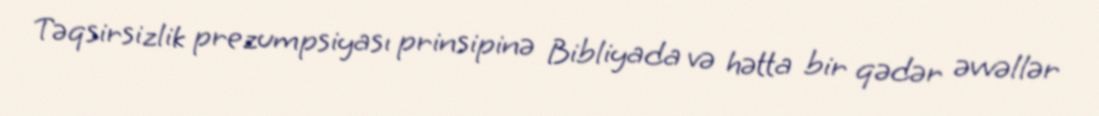
Təqsirsizlik prezumpsiyası prinsipinə Bibliyada və hətta bir qədər əvvəllər